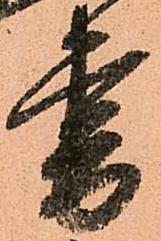
書